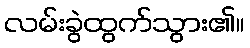
လမ်းခွဲထွက်သွား၏။